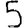
Digit: 5